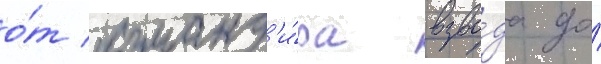
о́т команд'и́ра взво́да до́